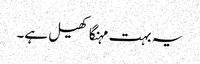
یہ بہت مہنگا کھیل ہے۔